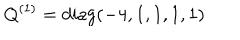
Q ^ { ( 1 ) } = \mathrm { d i a g } ( - 4 , 1 , 1 , 1 , 1 )